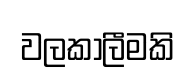
වලකාලීමකි